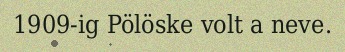
1909-ig Pölöske volt a neve.